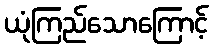
ယုံကြည်သောကြောင့်